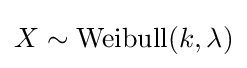
X\sim \mathrm {Weibull} (k,\lambda )